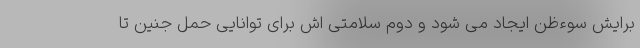
برایش سوءظن ایجاد می شود و دوم سلامتی اش برای توانایی حمل جنین تا